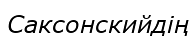
Саксонскийдің